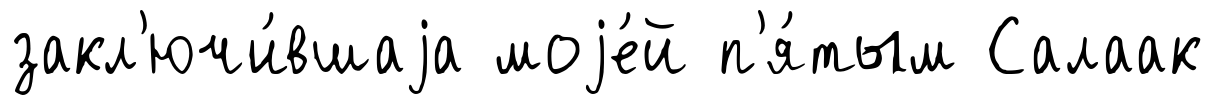
закл'ючи́вшаjа моjе́й п'я́тым Салаак